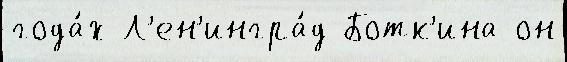
года́х Л'ен'ингра́д Ботк'ина он